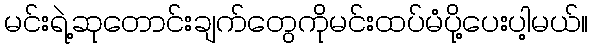
မင်းရဲ့ဆုတောင်းချက်တွေကိုမင်းထပ်မံပို့ပေးပါ့မယ်။